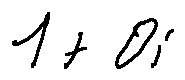
1 + 0 i